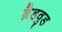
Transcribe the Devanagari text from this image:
ब्रैडवुड